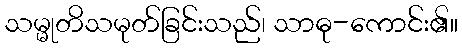
သမ္မုတိသမုတ်ခြင်းသည်၊ သာဓု-ကောင်း၏။